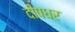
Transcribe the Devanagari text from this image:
दीपधर